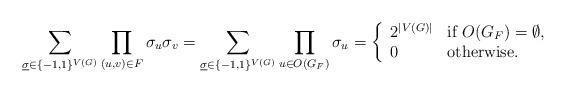
LaTeX: \begin{align*}\sum_{\underline{\sigma} \in \{-1,1\}^{V(G)}}\prod_{(u,v)\in F}\sigma_u\sigma_v=\sum_{\underline{\sigma} \in \{-1,1\}^{V(G)}}\prod_{u\in O(G_F)}\sigma_u=\left\{ \begin{array}{ll} 2^{|V(G)|} & \mbox{if}\ O(G_F)=\emptyset ,\\0 & \mbox{otherwise}. \\\end{array} \right. \end{align*}